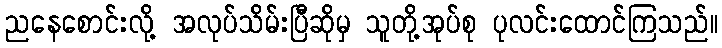
ညနေစောင်းလို့ အလုပ်သိမ်းပြီဆိုမှ သူတို့အုပ်စု ပုလင်းထောင်ကြသည်။